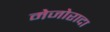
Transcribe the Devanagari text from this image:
मेजोरादा